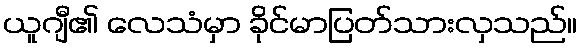
ယူဂျီ၏ လေသံမှာ ခိုင်မာပြတ်သားလှသည်။